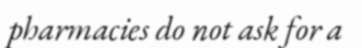
pharmacies do not ask for a